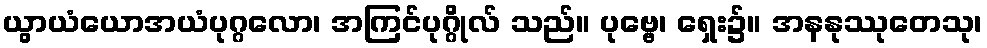
ယွာယံယောအယံပုဂ္ဂလော၊ အကြင်ပုဂ္ဂိုလ် သည်။ ပုဗ္ဗေ၊ ရှေး၌။ အနနုဿုတေသု၊